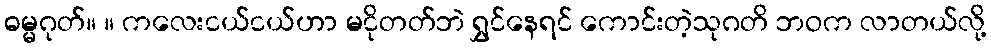
ဓမ္မဂုတ်။ ။ ကလေးငယ်ငယ်ဟာ မငိုတတ်ဘဲ ရွှင်နေရင် ကောင်းတဲ့သုဂတိ ဘဝက လာတယ်လို့